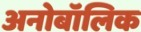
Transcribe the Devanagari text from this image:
अनोबॉलिक